Elephants and their diseases
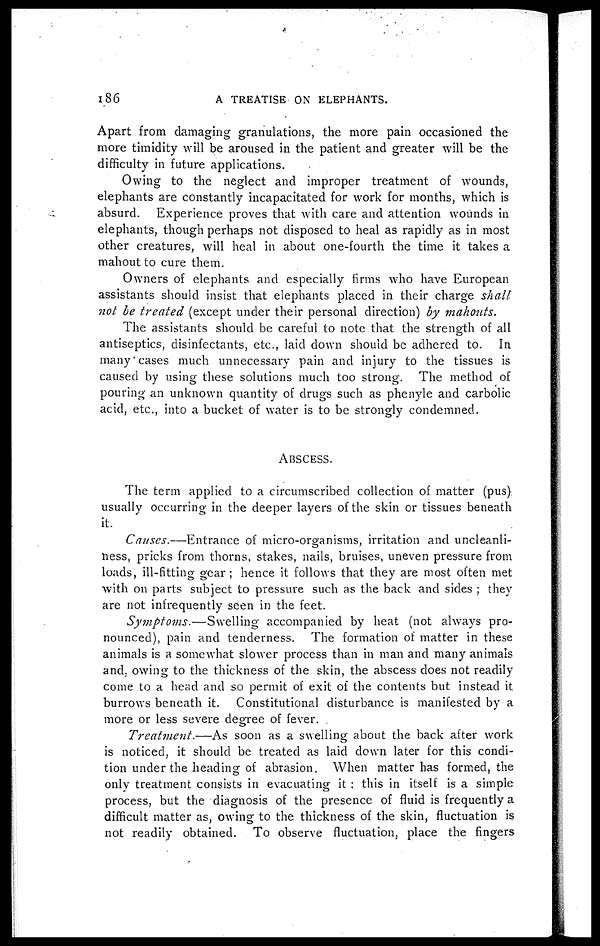
186
A TREATISE ON ELEPHANTS.
Apart from damaging granulations, the more pain occasioned the
more timidity will be aroused in the patient and greater will be the
difficulty in future applications.
Owing to the neglect and improper treatment of wounds,
elephants are constantly incapacitated for work for months, which is
absurd. Experience proves that with care and attention wounds in
elephants, though perhaps not disposed to heal as rapidly as in most
other creatures, will heal in about one-fourth the time it takes a
mahout to cure them.
Owners of elephants and especially firms who have European
assistants should insist that elephants placed in their charge shall
not be treated (except under their personal direction) by mahouts.
The assistants should be careful to note that the strength of all
antiseptics, disinfectants, etc., laid down should be adhered to. In
many cases much unnecessary pain and injury to the tissues is
caused by using these solutions much too strong. The method of
pouring an unknown quantity of drugs such as phenyle and carbolic
acid, etc., into a bucket of water is to be strongly condemned.
ABSCESS.
The term applied to a circumscribed collection of matter (pus)
usually occurring in the deeper layers of the skin or tissues beneath
it.
Causes.—Entrance of micro-organisms, irritation and uncleanli-
ness, pricks from thorns, stakes, nails, bruises, uneven pressure from
loads, ill-fitting gear; hence it follows that they are most often met
with on parts subject to pressure such as the back and sides ; they
are not infrequently seen in the feet.
Symptoms.—Swelling
accompanied by heat (not always pro-
nounced), pain and tenderness. The formation of matter in these
animals is a somewhat slower process than in man and many animals
and. owing to the thickness of the skin, the abscess does not readily
come to a head and so permit of exit of the contents but instead it
burrows beneath it. Constitutional disturbance is manifested by a
more or less severe degree of fever.
Treatment.—As
soon as a swelling about the back after work
is noticed, it should be treated as laid down later for this condi-
tion under the heading of abrasion. When matter has formed, the
only treatment consists in evacuating it : this in itself is a simple
process, but the diagnosis of the presence of fluid is frequently a
difficult matter as, owing to the thickness of the skin, fluctuation is
not readily obtained. To observe fluctuation, place the fingers